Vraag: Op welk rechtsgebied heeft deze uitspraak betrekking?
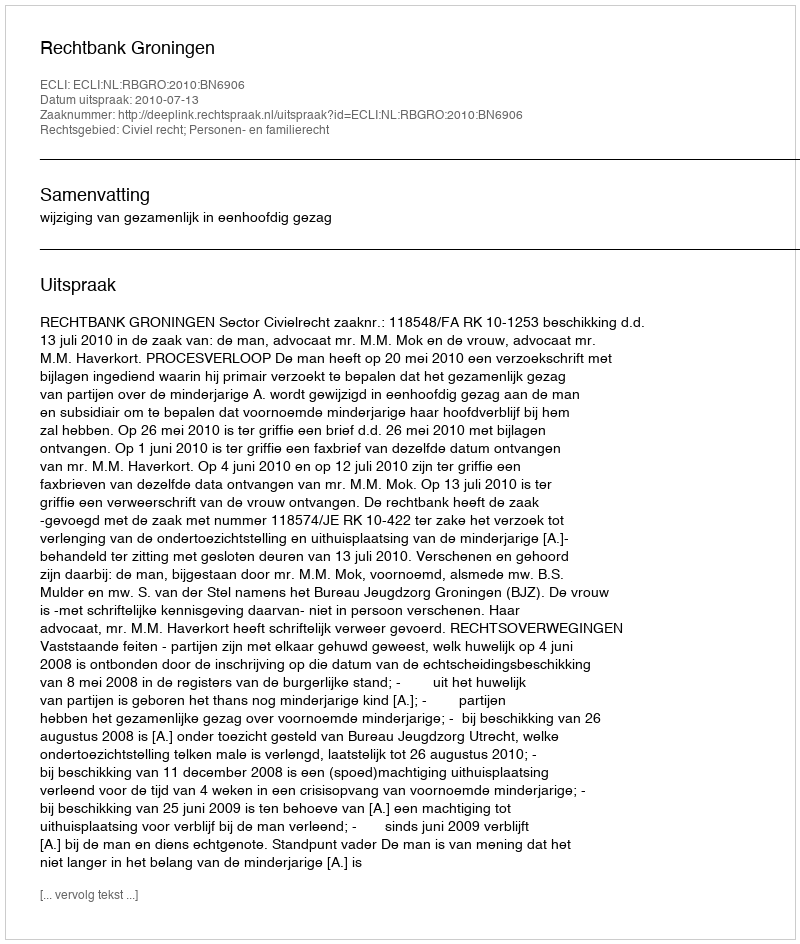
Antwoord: Civiel recht; Personen- en familierecht